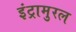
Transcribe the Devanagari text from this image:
इंट्रामुरल